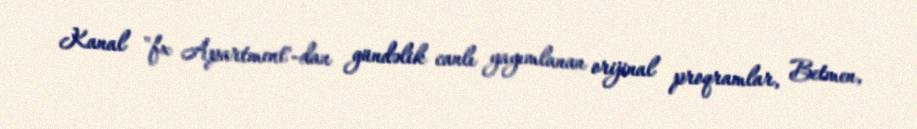
Kanal "fx Apartment"-dan gündəlik canlı yayımlanan orijinal proqramlar, Betmen,